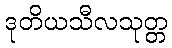
ဒုတိယသီလသုတ္တ